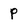
Character: p